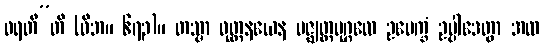
ဖရတီ”တိ (ဝိဘ။ ၆၇၃)။ တသ္မာ ဝုတ္တနယေန မဇ္ဈတ္တပုဂ္ဂလေ ဥပေက္ခံ ဥပ္ပါဒေတွာ အထ